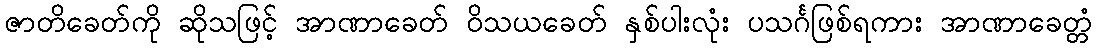
ဇာတိခေတ်ကို ဆိုသဖြင့် အာဏာခေတ် ဝိသယခေတ် နှစ်ပါးလုံး ပသင်္ဂဖြစ်ရကား အာဏာခေတ္တံ